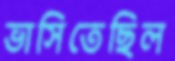
ভাসিতেছিল